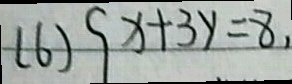
( 6 ) \{ 9 x + 3 y = 8 ,